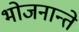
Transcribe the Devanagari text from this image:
भोजनान्ते